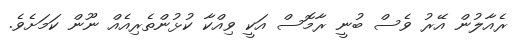
ރެއާލުން އޭރު ވެސް ބުނީ ރާމޮސް އަކީ ވިއްކާ ކުޅުންތެރިއެއް ނޫން ކަމަށެވެ.